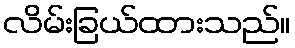
လိမ်းခြယ်ထားသည်။